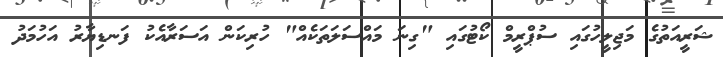
ޝަރީއަތުގެ މަޖިލީހުގައި ސުޕްރީމް ކޯޓުގައި "ގިނަ މައްސަލަތަކެއް" ހުރިކަން އަސަރާއެކު ފަނޑިޔާރު އަހުމަދު